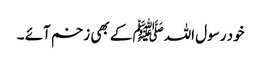
خود رسول اللہﷺ کے بھی زخم آئے ۔